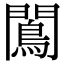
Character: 𨶠